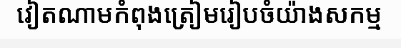
វៀតណាមកំពុងត្រៀមរៀបចំយ៉ាងសកម្ម